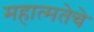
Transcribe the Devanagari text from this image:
महात्मतेचे